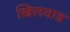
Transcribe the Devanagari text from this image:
खिलवाड